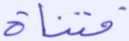
فتناه